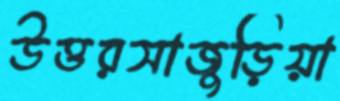
উত্তরসাজুড়িয়া